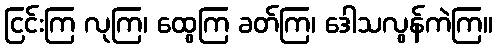
ငြင်းကြ လုကြ၊ ထွေကြ ခတ်ကြ၊ ဒေါသလွန်ကဲကြ။